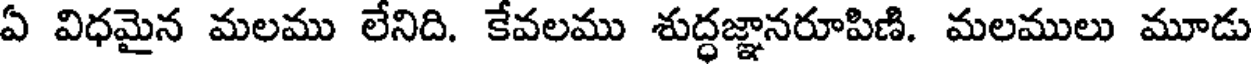
ఏ విధమైన మలము లేనిది. కేవలము శుద్ధజ్ఞానరూపిణి. మలములు మూడు